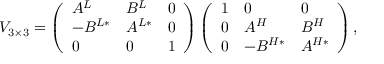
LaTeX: V _ { 3 \times 3 } = \left( \begin{array} { l l l } { { A ^ { L } } } & { { B ^ { L } } } & { { 0 } } \\ { { - B ^ { L * } } } & { { A ^ { L * } } } & { { 0 } } \\ { { 0 } } & { { 0 } } & { { 1 } } \end{array} \right) \left( \begin{array} { l l l } { { 1 } } & { { 0 } } & { { 0 } } \\ { { 0 } } & { { A ^ { H } } } & { { B ^ { H } } } \\ { { 0 } } & { { - B ^ { H * } } } & { { A ^ { H * } } } \end{array} \right) ,